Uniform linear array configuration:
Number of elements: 8
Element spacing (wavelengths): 0.25
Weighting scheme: exponential
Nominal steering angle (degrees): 0
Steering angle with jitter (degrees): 0.5446
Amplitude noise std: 0.05
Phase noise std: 0.05

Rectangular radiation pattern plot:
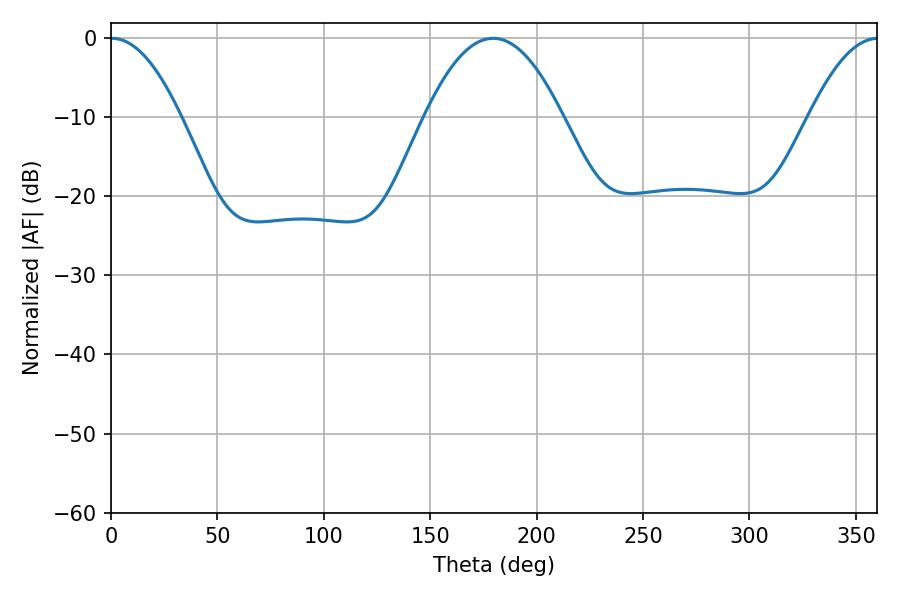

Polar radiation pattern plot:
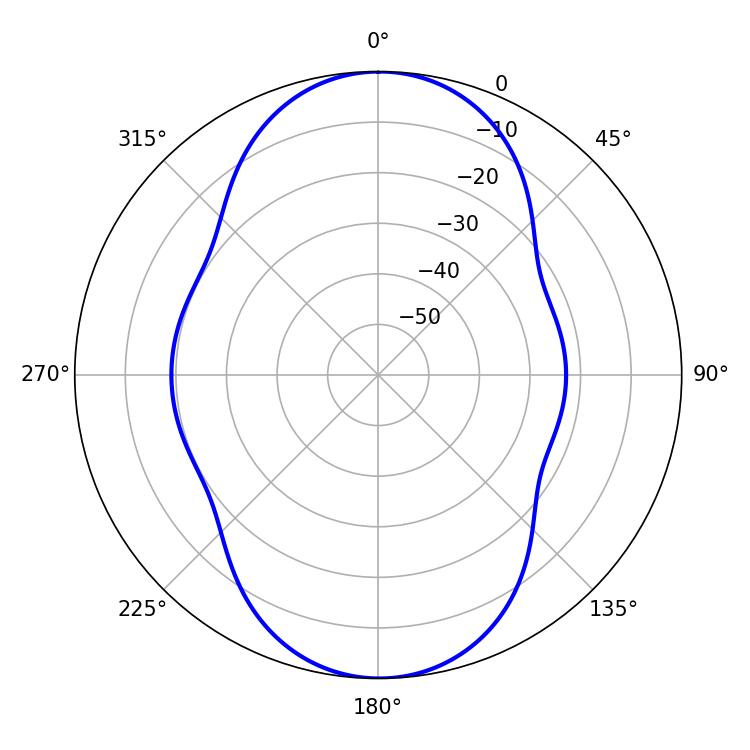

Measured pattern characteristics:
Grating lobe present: FALSE
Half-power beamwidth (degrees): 18.18
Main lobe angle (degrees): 0.36